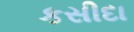
કસીદા